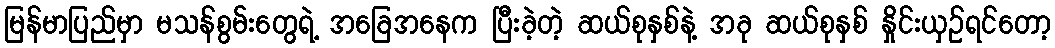
မြန်မာပြည်မှာ မသန်စွမ်းတွေရဲ့ အခြေအနေက ပြီးခဲ့တဲ့ ဆယ်စုနှစ်နဲ့ အခု ဆယ်စုနှစ် နှိုင်းယှဉ်ရင်တော့